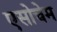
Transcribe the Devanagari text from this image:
एसोचेम